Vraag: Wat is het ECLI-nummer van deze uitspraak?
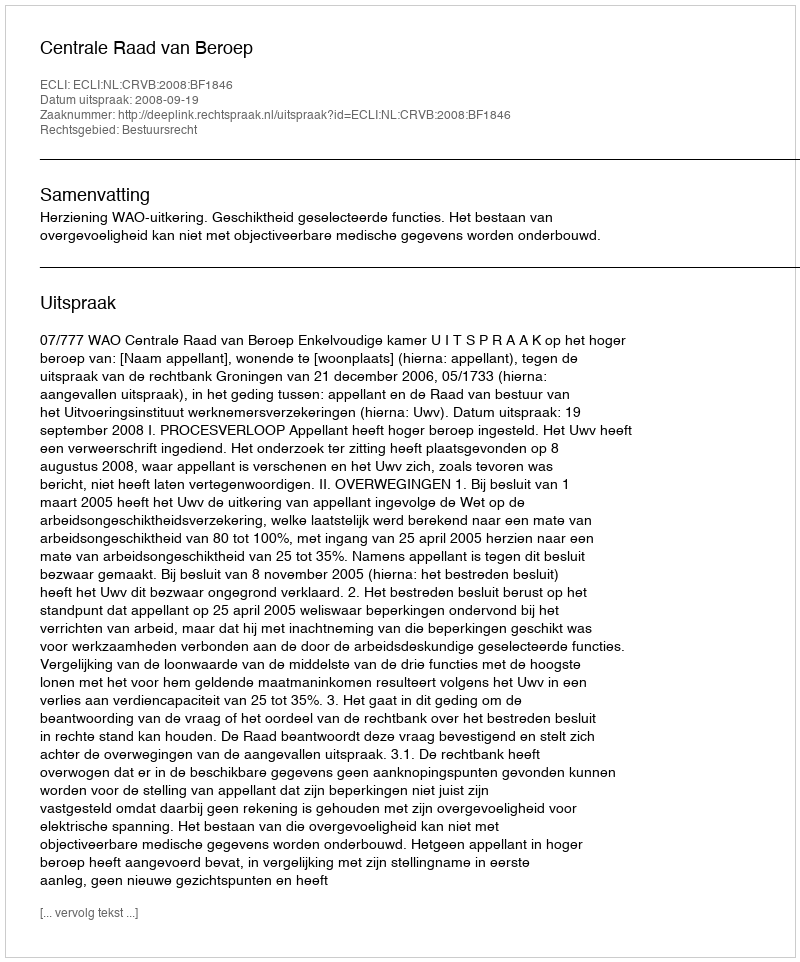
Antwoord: ECLI:NL:CRVB:2008:BF1846